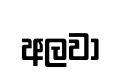
අලවා